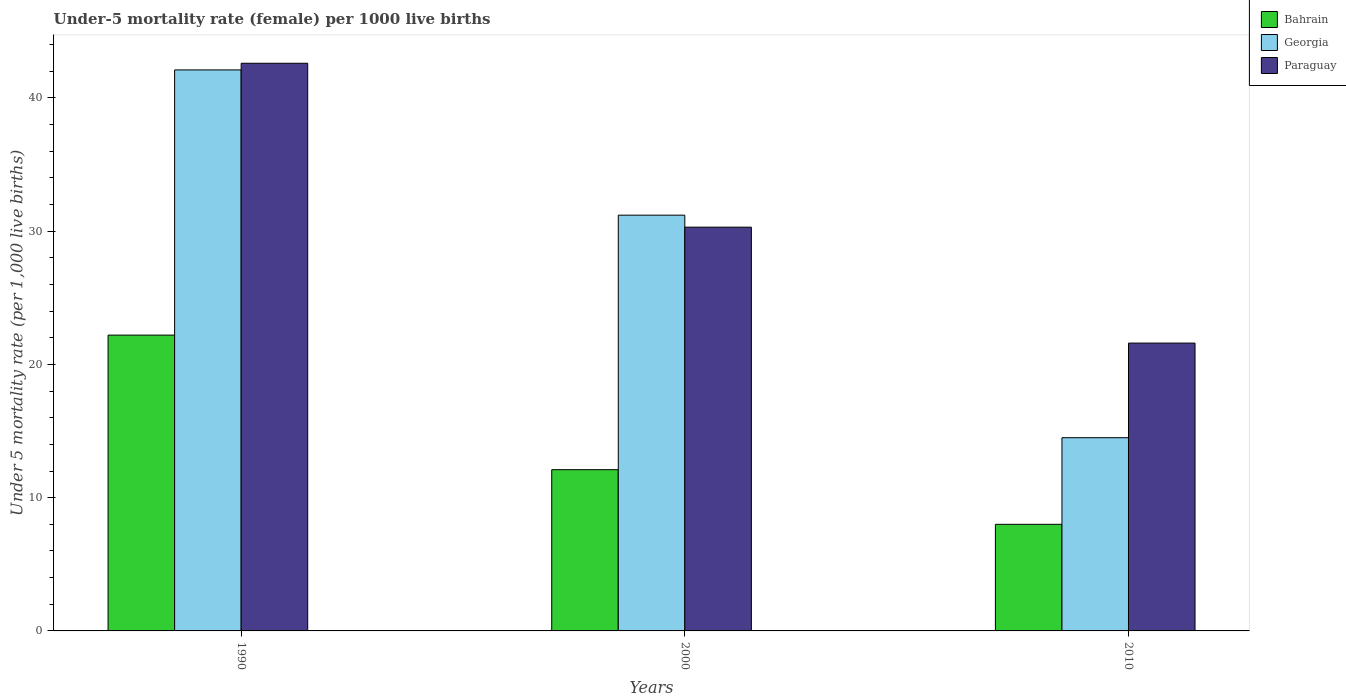
| Years | Bahrain | Georgia | Paraguay |
 | --- | --- | --- | --- |
 | 1990 | 22.2 | 42.1 | 42.6 |
 | 2000 | 12.1 | 31.2 | 30.3 |
 | 2010 | 8 | 14.5 | 21.6 |